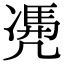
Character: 𠙥